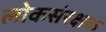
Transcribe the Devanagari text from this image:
लोकसंरक्षक